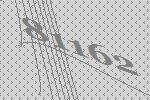
81162